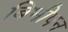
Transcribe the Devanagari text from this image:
बिभीषन